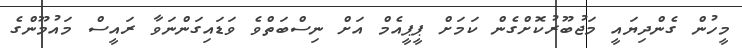
މީހުން ގެންދިޔައީ މަޖުބޫރުކޮށްގެން ކަމަށް ޕީޕީއެމް އަށް ނިސްބަތްވެ ވަޑައިގަންނަވާ ރައީސް މައުމޫންގެ